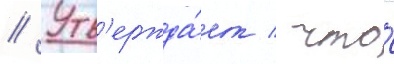
// Утв'ержда́ет / что́